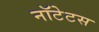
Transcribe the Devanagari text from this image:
नॉटेटस